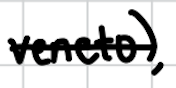
Text: Veneto),
Cross-out: single-line
Writing tool: digital_black